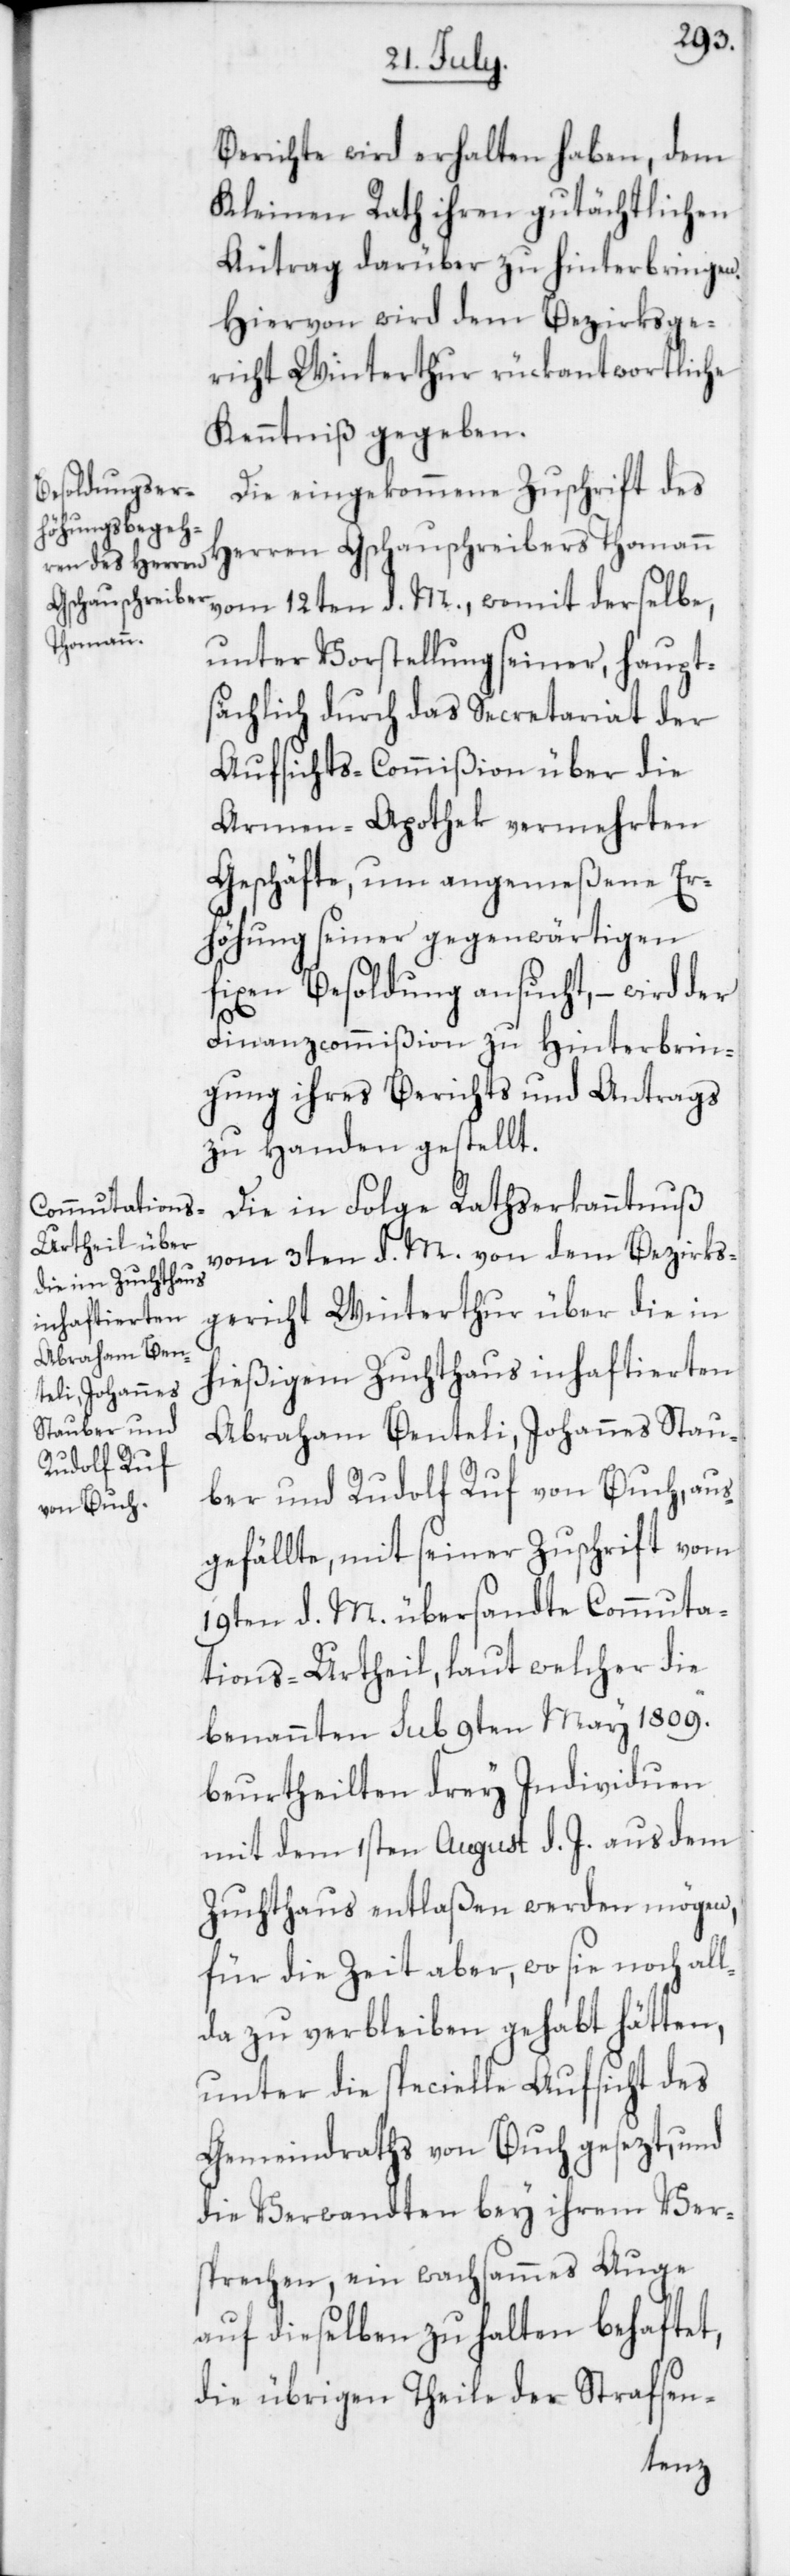
Berichte wird erhalten haben, dem
Kleinen Rath ihren gutächtlichen
Antrag darüber zu hinterbringen.
Hiervon wird dem Bezirksge¬
richt Winterthur rückantwortliche
Kenntniß gegeben.
Die eingekommene Zuschrift des
Herren Gschauschreibers Thomann
vom 12ten d. M., womit derselbe,
unter Vorstellung seiner haupts¬
ächlich durch das Secretariat der
Aufsichts-Commißion über die
Armen-Apothek vermehrten
Geschäfte, um angemeßene Er¬
höhung seiner gegenwärtigen
fixen Besoldung ansucht, – wird der
Finanzcommißion zu Hinterbrin¬
gung ihres Berichts und Antrags
zu Handen gestellt.
Die in Folge Rathserkanntnuß
vom 3ten d. M. von dem Bezirks¬
gericht Winterthur über die in
hießigem Zuchthaus inhaftierten
Abraham Benteli, Johannes Stau¬
ber und Rudolf Ruf von Buch, aus¬
gefällte, mit seiner Zuschrift vom
19ten d. M. übersandte Commuta¬
tions-Urtheil, laut welcher die
benannten sub 9ten May 1809.
beurtheilten drey Individuen
mit dem 1sten August d. J. aus dem
Zuchthaus entlaßen werden mögen,
für die Zeit aber, wo sie noch all¬
da zu verbleiben gehabt hätten,
unter die specielle Aufsicht des
Gemeindraths von Buch gesezt, und
die Verwandten bey ihrem Ver¬
sprechen, ein wachsammes Auge
auf dieselben zu halten behaftet,
die übrigen Theile der Strafsen-